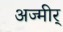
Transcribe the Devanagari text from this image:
अज्मीर्